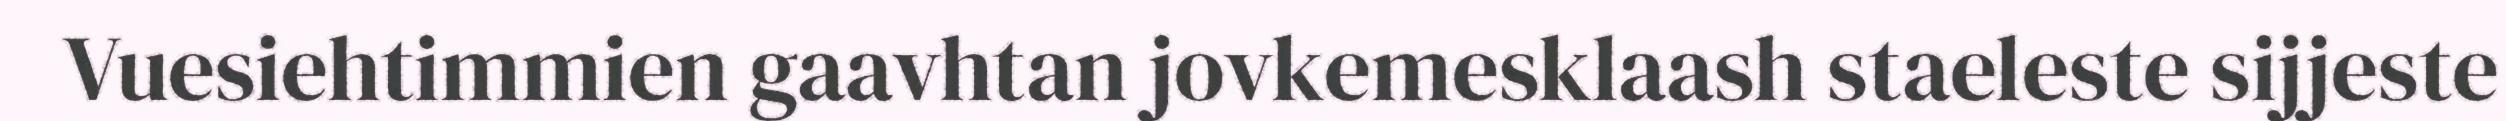
Vuesiehtimmien gaavhtan jovkemesklaash staeleste sijjeste